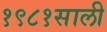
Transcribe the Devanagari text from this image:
१९८१साली